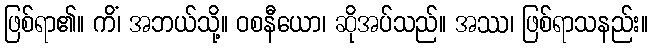
ဖြစ်ရာ၏။ ကိံ၊ အဘယ်သို့။ ဝစနီယော၊ ဆိုအပ်သည်။ အဿ၊ ဖြစ်ရာသနည်း။